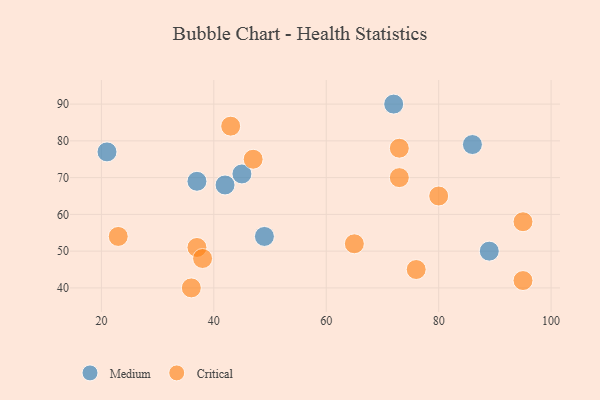
{"axis": {"x": "GDP", "y": "Life Expectancy"}, "legend": ["Critical", "Medium"], "data": [{"x": "86", "y": 79, "type": "Medium"}, {"x": "72", "y": 90, "type": "Medium"}, {"x": "42", "y": 68, "type": "Medium"}, {"x": "49", "y": 54, "type": "Medium"}, {"x": "37", "y": 69, "type": "Medium"}, {"x": "45", "y": 71, "type": "Medium"}, {"x": "89", "y": 50, "type": "Medium"}, {"x": "21", "y": 77, "type": "Medium"}, {"x": "73", "y": 78, "type": "Critical"}, {"x": "36", "y": 40, "type": "Critical"}, {"x": "37", "y": 51, "type": "Critical"}, {"x": "43", "y": 84, "type": "Critical"}, {"x": "65", "y": 52, "type": "Critical"}, {"x": "38", "y": 48, "type": "Critical"}, {"x": "73", "y": 70, "type": "Critical"}, {"x": "47", "y": 75, "type": "Critical"}, {"x": "76", "y": 45, "type": "Critical"}, {"x": "95", "y": 42, "type": "Critical"}, {"x": "80", "y": 65, "type": "Critical"}, {"x": "23", "y": 54, "type": "Critical"}, {"x": "95", "y": 58, "type": "Critical"}]}